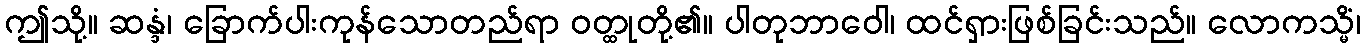
ဤသို့။ ဆန္ဒံ၊ ခြောက်ပါးကုန်သောတည်ရာ ဝတ္ထုတို့၏။ ပါတုဘာဝေါ၊ ထင်ရှားဖြစ်ခြင်းသည်။ လောကသ္မိံ၊